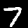
Digit: 7